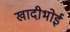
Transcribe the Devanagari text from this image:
खादीभोई